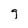
Character: 9